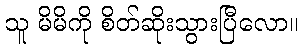
သူ မိမိကို စိတ်ဆိုးသွားပြီလော။